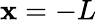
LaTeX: \mathbf{x}=-L